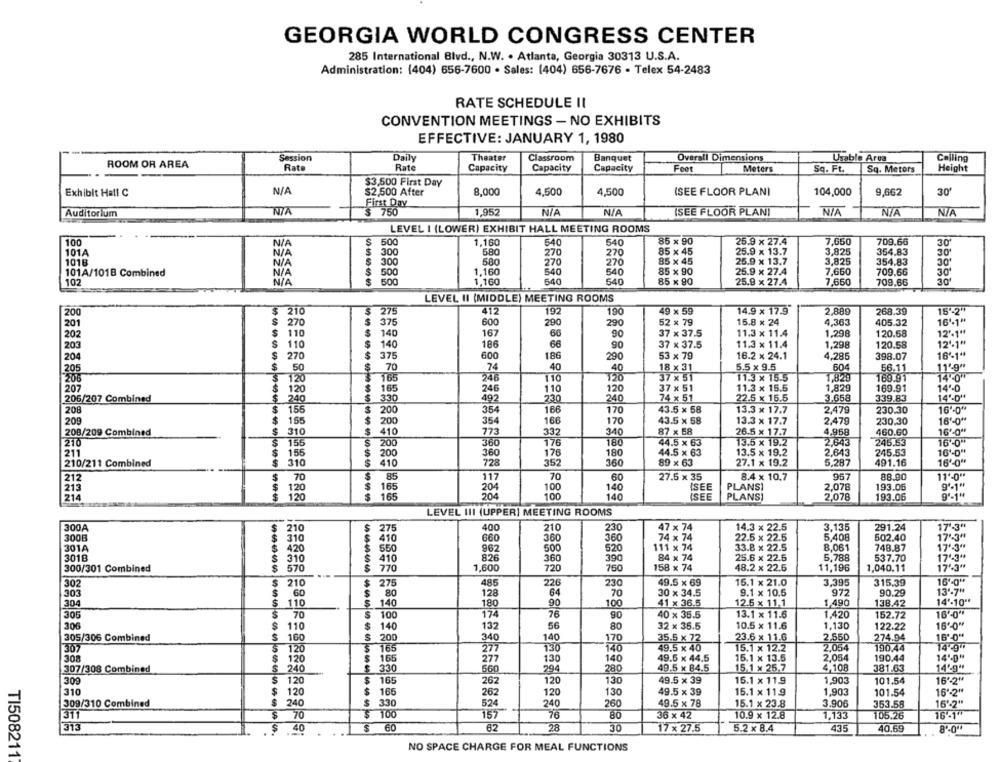
GEORGIA WORLD CONGRESS CENTER
285 International Blvd ., N.W. · Atlanta, Georgia 30313 U.S.A.
Administration: (404) 656-7600 . Sales: (404) 656-7676 - Telex 54-2483
RATE SCHEDULE II
CONVENTION MEETINGS - NO EXHIBITS
EFFECTIVE: JANUARY 1, 1980
Session
Daily
Theater
Classroom
Banquet
Overall Dimensions
Usable Arua
Calling
ROOM OR AREA
Rate
Rate
Capacity
Capacity
Capacity
Feet
Sq. Ft.
Height
Meters
Sq. Metors
$3,500 First Day
8.000
4,500
4,500
30
Exhibit Hat! C
$2,500 After
ISEE FLOOR PLANI
104,000
9,662
First Day
Auditorium
$ 750
1,952
(SEE FLOOR PLANI
LEVEL I (LOWER) EXHIBIT HALL MEETING ROOMS
100
500
1.160
540
640
85 x 90
25.9 x 27.4
7.650
709.66
30
101A
$
580
270
85 x 45
25.9 x 13.7
3,825
354.83
30'
N /A
300
270
25.9 x 13.7
1018
580
270
270
85 x 45
3,825
354.83
101A/1018 Combined
NIA
1.160
540
540
85 x 90
25.9 x 27.4
7,650
709.66
30
102
NIA
500
1,160
540
540
85 x 90
25.9 x 27.4
7,650
709,66
LEVEL II (MIDDLE) MEETING ROOMS
200
210
275
412
192
190
49 x 59
14.9 x 17.9
2,889
268.39
15"2"
270
600
200
52 × 79
15.8 x 24
16'-1"
201
375
290
4,363
405.32
202
S
110
140
167
66
90
37 x 37.5
11.3 x 11.4
1,298
120.58
12'-1"
S
110
140
186
37 x 37.5
11.3 x 11.4
1,298
120.58
12'.1"
203
66
90
204
270
$
375
6.00
186
290
53 × 79
* ***
16.2 x 24.1
4,285
398.07
16%1"
70
74
40
40
18 x 31
5.5 x 9.5
604
56.11
11'9"
50
205
120
165
246
110
120
37 x 51
11.3 x 15.5
1.820
169.91
14"-0"
207
165
246
110
120
37 x 51
11.3 × 15.5
1,829
169.91
14%0
120
330
497
230
240
22.5 x 15.5
3,658
339.83
14'-0"
206/207 Combined
240
74 x 51
208
$
155
200
354
166
170
43.5 x 58
13.3 × 17.7
2,479
230.30
16'-0"
209
155
200
354
170
43.5 x 58
13.3 x 17.7
230.30
166
2,479
16'-0"
208/209 Combined
310
410
773
332
340
87 x 58
26.5 x 17.7
4,958
460.60
16'-0"
210
155
200
360
176
180
44.5 x 63
13.5 x 19.2
2.643
245.53
16-0"
211
$
156
200
360
176
180
44.5 x 63
13.5 x 19.2
2.643
245.53
16'0"
210/211 Combined
310
410
728
352
360
89 x 63
27.1 x 19.2
5.287
491.16
16'-0"
212
$
70
85
117
70
60
27.5 x 35
8.4 × 10.7
957
88.90
11"0"
213
120
165
204
100
140
ISEE
PLANSI
2,078
193.05
9'-1"
214
120
165
204
100
140
ISEE
PLANSI
2,078
193.06
LEVEL III (UPPER] MEETING ROOMS
300A
210
275
400
210
230
47 x 74
14.3 × 22.5
3,135
291.24
17'-3"
300E
310
$
410
660
360
360
74 x 74
22.5 x 22.5
5,408
502.40
17'-3"
301A
420
550
962
500
111 x 74
33.8 x 22.5
8,061
748.87
17'-3 **
3018
826
520
84 x 74
25.6 x 22.6
5,788
17'-3"
310
410
360
390
*** X
537.70
300/301 Combined
$
570
$ 770
1,600
720
750
158 x 74
*****
48.2 x 22.5
11,196
1,040.11
17'-3"
16'-0"
302
210
275
485
226
230
49.5 x 69
15.1 x 21.0
3.395
315,39
303
60
80
128
64
70
30 x 34.5
9.1 x 10.5
972
90.29
13"-7"
304
110
100
41 x 36.5
12.6 x 11.1
1,490
138.42
14'-10"*
140
180
90
305
70
100
174
76
90
40 x 35.5
13.1 x 11.6
1,420
152.72
16%0"
306
$
110
$
140
132
32 x 36.5
10.5 x 11.6
1,130
122.22
16'-0"
56
80
305/306 Combined
160
$ 200
340
140
170
35.5 x 72
23.6 x 11.6
2.550
274.94
16'0"
120
S
165
130
140
49.5 x 40
15.1 x 12.2
2,064
190.44
14 .9"
277
2.054
308
$
120
165
277
130
140
49.5 x 44.5
15.1 x 13.5
190.44
14'-0"
307/308 Combined
$
240
$ 330
5G0
294
280
49.5 x 84.5
15.1 x 25.7
4,108
381.63
14%g"
$
262
49.5 x 39
16'2"
309
120
165
120
130
15.1 x 11.9
1,903
101.54
310
$
120
165
262
120
130
49.5 x 39
15.1 x 11.9
1,903
101.54
16"-2"
240
524
260
16'-2"
309/310 Combined
330
240
49.5 x 78
15.1 x 23.8
3.906
353.58
311
$
70
100
157
76
80
36 x 42
10.9 x 12.8
1,133
105.26
16 -1"
313
$
.40
60
62
28
30
17 x 27.5
5.2 × 8.4
435
40.69
8'-0"
NO SPACE CHARGE FOR MEAL FUNCTIONS
TI508211